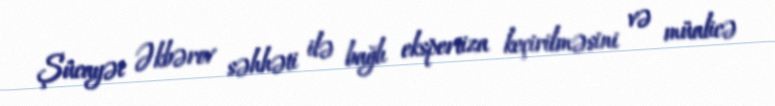
Şücayət Əkbərov səhhəti ilə bağlı ekspertiza keçirilməsini və müalicə